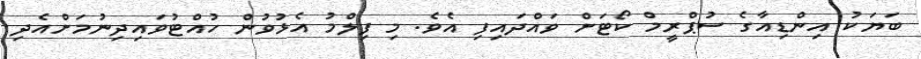
ބަޔަކު އިންޑިއާގެ ސުޕްރީމް ކޯޓަށް ވައްދައިފި އެވެ. މި ފިލްމު އެޅުވުން ހުއްޓުވައިދިނުމަށްއެދި